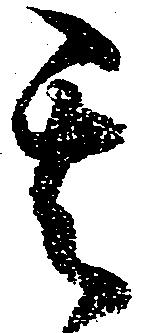
其